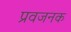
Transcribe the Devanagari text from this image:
प्रवजनक